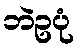
ဘဲဥပုံ